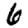
Digit: 6